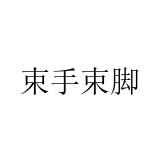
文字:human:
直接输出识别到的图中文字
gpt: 束手束脚